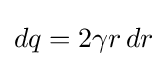
dq=2\gamma r\,dr